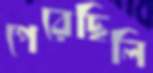
পেরেছিলি